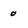
Character: 0